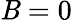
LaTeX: \mathit{B}=0